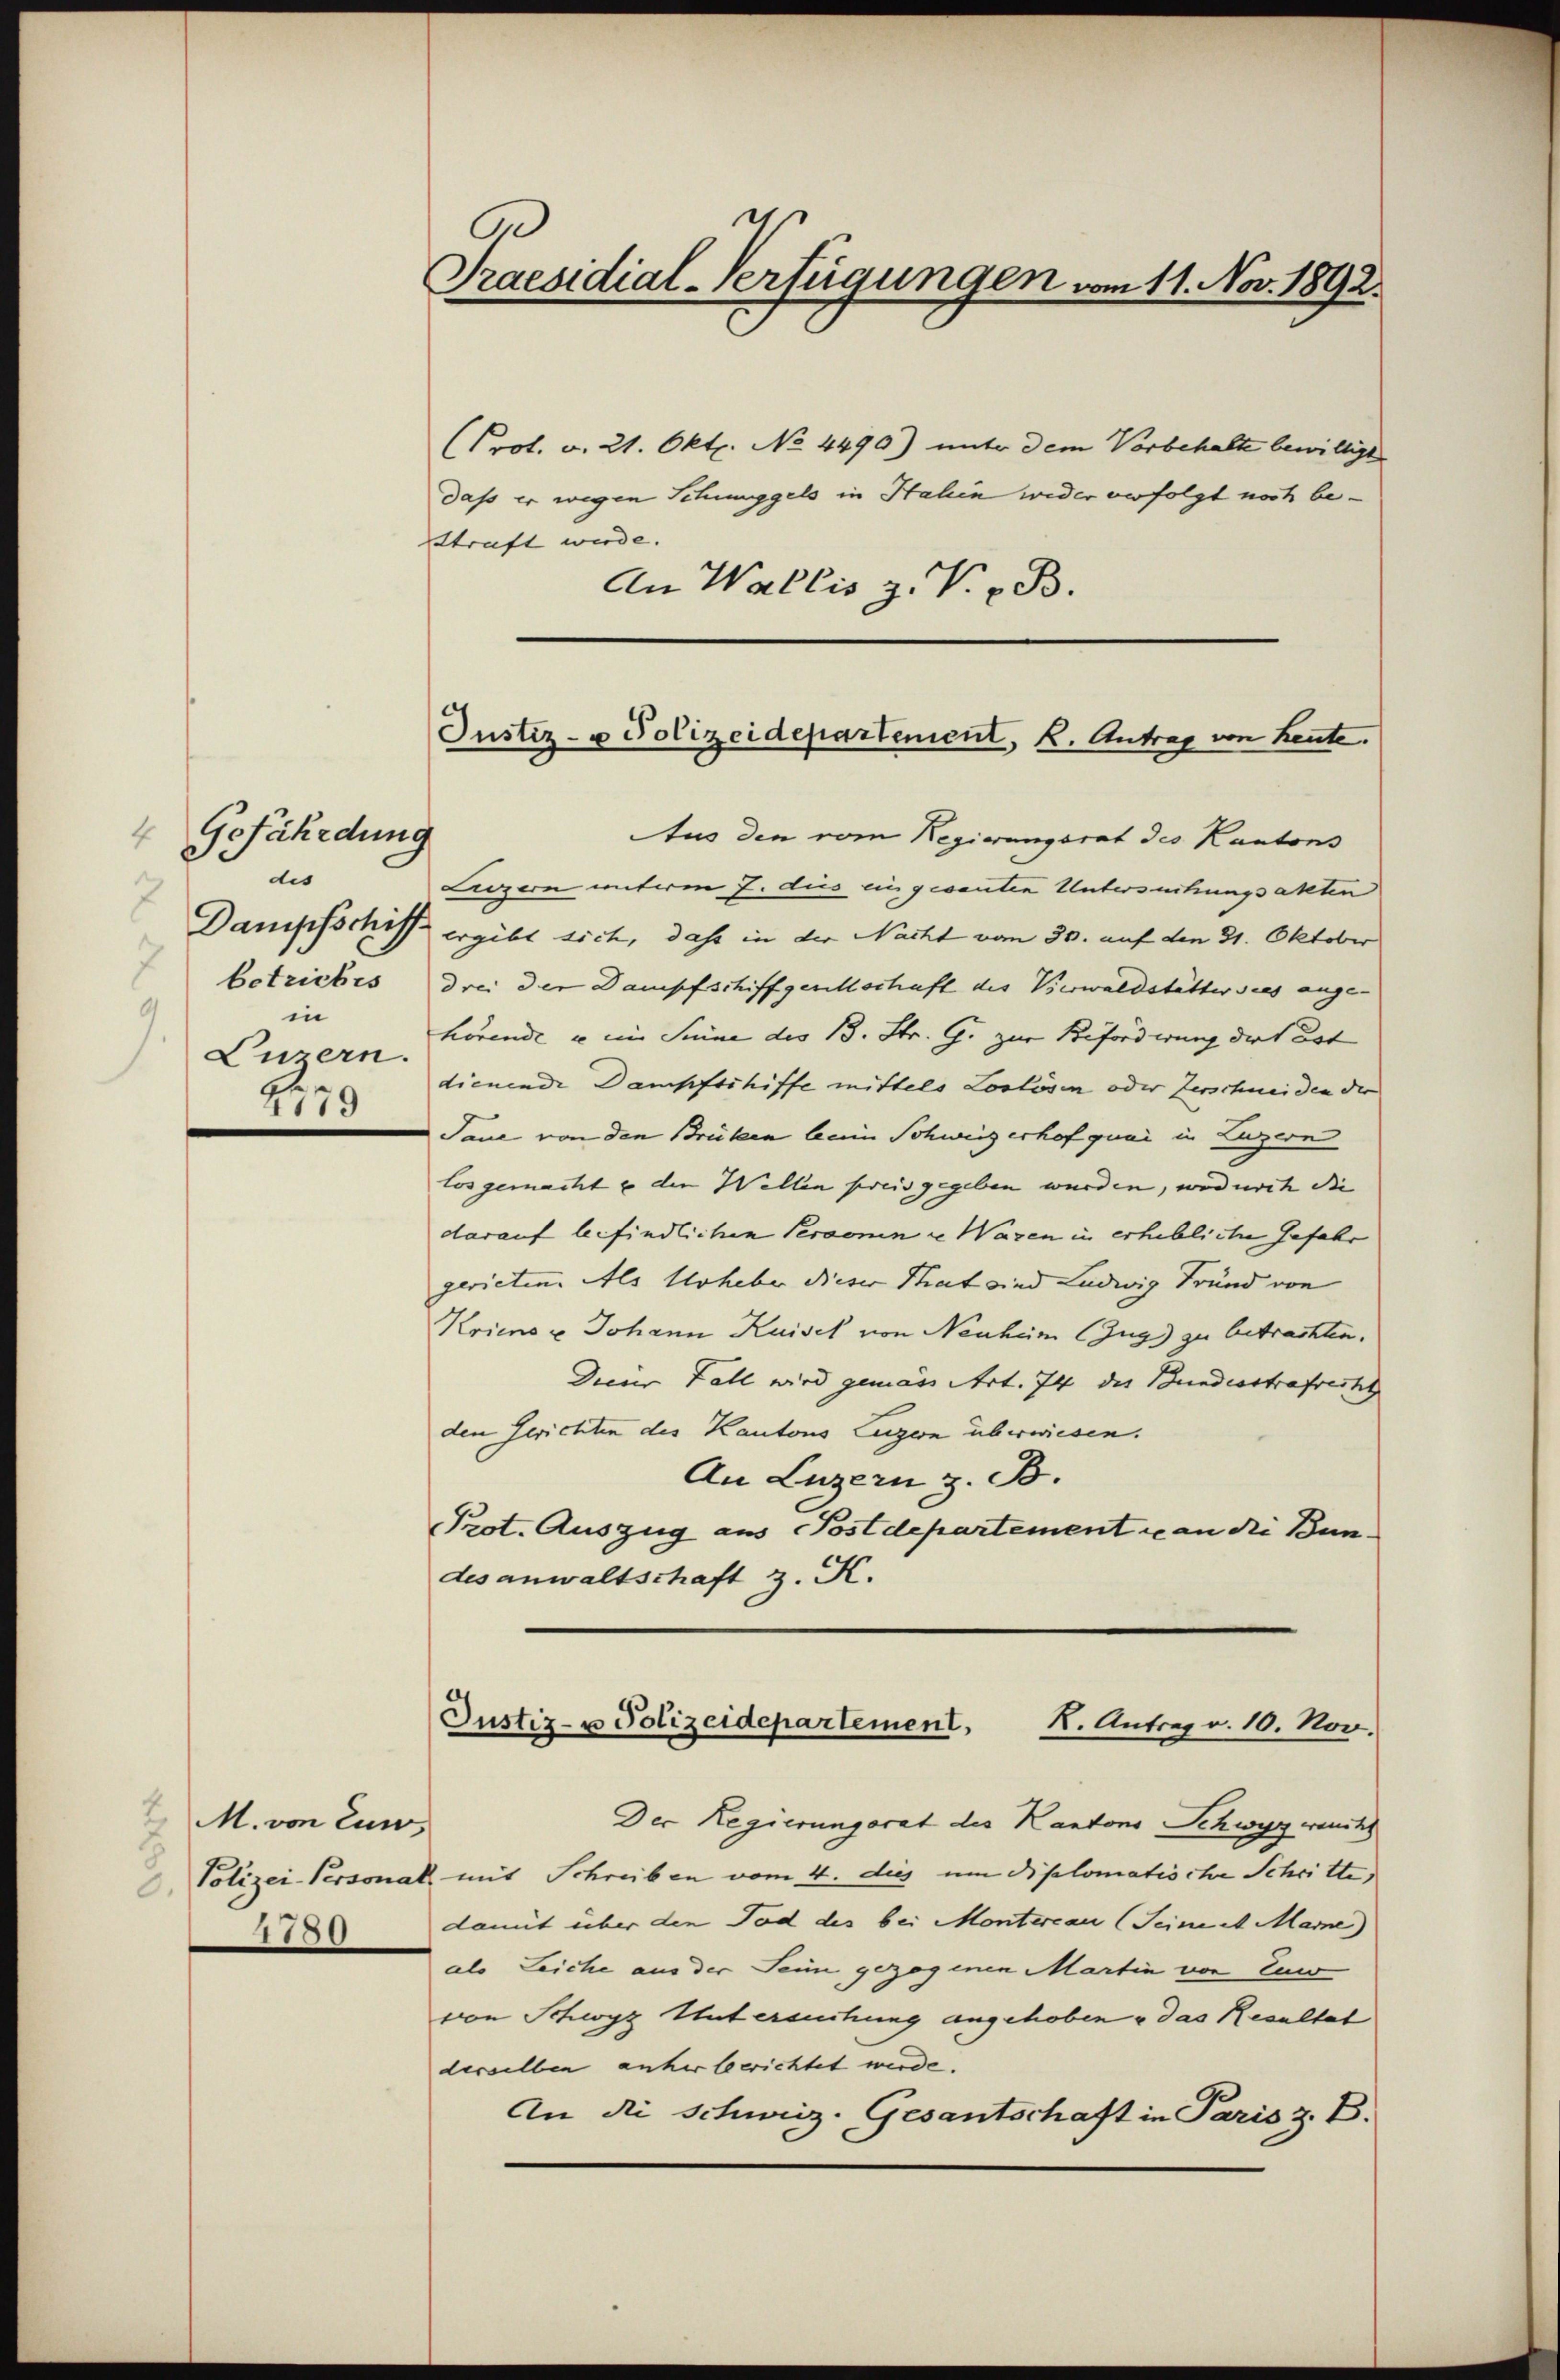
4 Gefährdung
des
7
betriebes
in
9.
Luzern.
e
4179

2 M. von Zuw
. Polizei-Personat
4780

Praesidial-Verfügungen vom 11. Nov. 1892.

(Prot. v. 21. Okt. No. 4490) unter dem Vorbehalte bewilligt
daß er wegen Schingels in Halien weder verfolgt noch be¬
Straft werde. |
An Wallis z. V. B.

Justiz- u Polizeidepartement, k. Antrag von heute.
Aus den vom Regierungsrat des Kantons

Luzern unterm 7. dus eingesanten Untersuchungsakten
Dampfschiff ergibt sich, daß in der Nacht vom 30. auf den 31. Oktober
drei der Dampfschiffgesellschaft des Verwaldstätter dies ange-
hörende u im Sinne des B. Str. G. zur Beforderung der est
dienende Dampfschiffe mittels Loslösen oder Zerschneiden die
Taue von den Brücken beim Schweizerhofquai in Luzern
los gemacht u die Wellen preis gegeben wurden, wodurch die
darauf befindlichen Personen u Wagen in erhebliche Gefahr
gerieten. Als Urheber dieser That sind Ludwig Fründ von
Kriens u Johann Kaiser von Neuheim (Zug) zu betrachten.
Dieser Fall wird gemäss Art. 74 des Bundesstrafrecht
den Gerichten des Kantons Luzern überwiesen.
An Luzern z. B.
Prot. Auszug aus Postdepartement ce an die Bundes anwaltschaft z. K.

Justiz- u Polizeidepartement,
R. Antrag v. 10. Nov.

Der Regierungsrat des Kantons Schwyz rauchs
mit Schreiben vom 4. des um diplomatische Schritte,
damit über den Tod des bei Montercau (Seine et Marne)
als Leiche aus der Seine gezogenen Martin von Ein
von Schwyz Untersuchung angehoben & das Resultat
derselben anherberichtet werde.
An die Schweiz. Gesantschaft in Paris z. B.